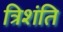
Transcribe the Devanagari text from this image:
त्रिशंति